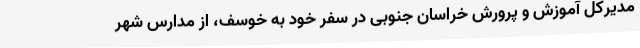
مدیرکل آموزش و پرورش خراسان جنوبی در سفر خود به خوسف، از مدارس شهر